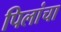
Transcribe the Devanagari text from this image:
पिलांचा